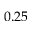
0 . 2 5